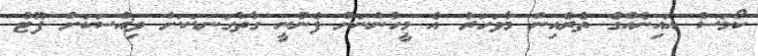
ކޯމަސް އައިނެއްގެ ތެރެއިން މާވަހަރު އެ މީހުންނަށް ފެނުނީ ގާތްގަނޑަކަށް ވިއްސަކަށް ފޫޓު